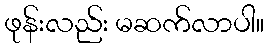
ဖုန်းလည်း မဆက်လာပါ။